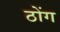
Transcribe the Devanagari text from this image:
ठोंग